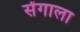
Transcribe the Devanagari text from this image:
सेंगाला